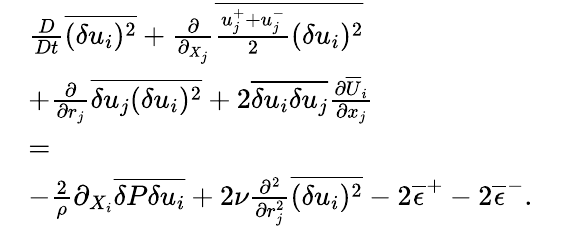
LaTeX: \begin{array}{rlr}&{\frac{D}{Dt}\overline{{(\delta u_{i})^{2}}}+\frac{\partial}{\partial_{X_{j}}}\overline{{\frac{u_{j}^{+}+u_{j}^{-}}{2}(\delta u_{i})^{2}}}}&\\ &{+\frac{\partial}{\partial{r_{j}}}\overline{{\delta u_{j}(\delta u_{i})^{2}}}+2\overline{{\delta u_{i}\delta u_{j}}}\frac{\partial\overline{{U}}_{i}}{\partial x_{j}}}&\\ &{=}&\\ &{-\frac{2}{\rho}\partial_{X_{i}}\overline{{\delta P\delta u_{i}}}+2\nu\frac{\partial^{2}}{\partial r_{j}^{2}}\overline{{(\delta u_{i})^{2}}}-2\overline{{\epsilon}}^{+}-2\overline{{\epsilon}}^{-}.}&\end{array}